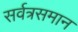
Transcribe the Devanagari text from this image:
सर्वत्रसमान